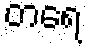
တရေ